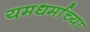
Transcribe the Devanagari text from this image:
यमधर्माच्या